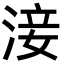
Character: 淁